Indian journal of veterinary science and animal husbandry - Volumes 18-21, 1948-1951
Year: 1948
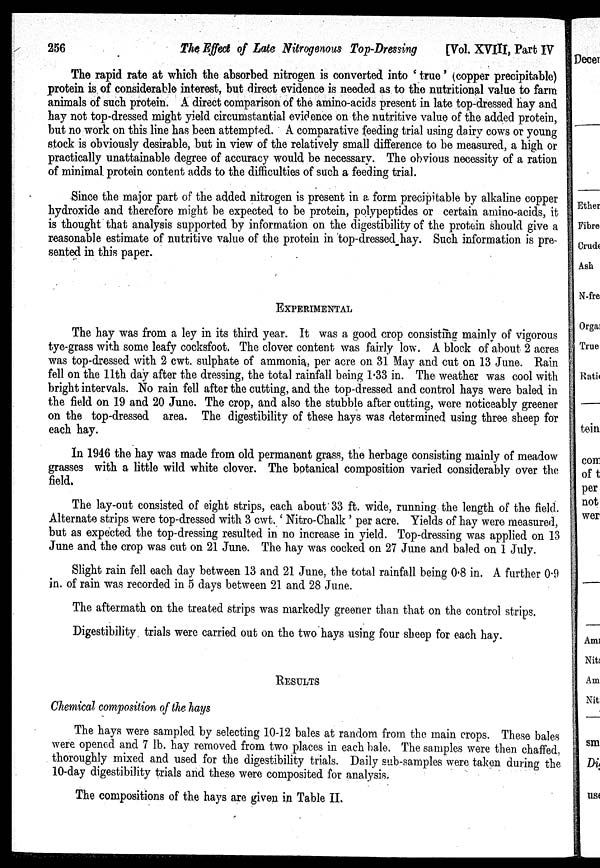
256
The Effect of Late Nitrogenous Top-Dressing
[Vol. XVIII, Part IV
The rapid rate at which the absorbed nitrogen is converted into ' true ' (copper precipitable)
protein is of considerable interest, but direct evidence is needed as to the nutritional value to farm
animals of such protein. A direct comparison of the amino-acids present in late top-dressed hay and
hay not top-dressed might yield circumstantial evidence on the nutritive value of the added protein,
but no work on this line has been attempted. A comparative feeding trial using dairy cows or young
stock is obviously desirable, but in view of the relatively small difference to be measured, a high or
practically unattainable degree of accuracy would be necessary. The obvious necessity of a ration
of minimal protein content adds to the difficulties of such a feeding trial.
Since the major part of the added nitrogen is present in a form precipitable by alkaline copper
hydroxide and therefore might be expected to be protein, polypeptides or certain amino-acids, it
is thought that analysis supported by information on the digestibility of the protein should give a
reasonable estimate of nutritive value of the protein in top-dressed hay. Such information is pre-
sented in this paper.
EXPERIMENTAL
The hay was from a ley in its third year. It was a good crop consisting mainly of vigorous
tye-grass with some leafy cocksfoot. The clover content was fairly low. A block of about 2 acres
was top-dressed with 2 cwt. sulphate of ammonia, per acre on 31 May and cut on 13 June. Rain
fell on the 11th day after the dressing, the total rainfall being 1.33 in. The weather was cool with
bright intervals. No rain fell after the cutting, and the top-dressed and control hays were baled in
the field on 19 and 20 June. The crop, and also the stubble after cutting, were noticeably greener
on the top-dressed area. The digestibility of these hays was determined using three sheep for
each hay.
In 1946 the hay was made from old permanent grass, the herbage consisting mainly of meadow
grasses with a little wild white clover. The botanical composition varied considerably over the
field.
The lay-out consisted of eight strips, each about 33 ft. wide, running the length of the field.
Alternate strips were top-dressed with 3 cwt. ' Nitro-Chalk ' per acre. Yields of hay were measured,
but as expected the top-dressing resulted in no increase in yield. Top-dressing was applied on 13
June and the crop was cut on 21 June. The hay was cocked on 27 June and baled on 1 July.
Slight rain fell each day between 13 and 21 June, the total rainfall being 0.8 in. A further 0.9
in. of rain was recorded in 5 days between 21 and 28 June.
The aftermath on the treated strips was markedly greener than that on the control strips.
Digestibility trials were carried out on the two hays using four sheep for each hay.
RESULTS
Chemical composition of the hays
The hays were sampled by selecting 10-12 bales at random from the main crops. These bales
were opened and 7 lb. hay removed from two places in each bale. The samples were then chaffed,
thoroughly mixed and used for the digestibility trials. Daily sub-samples were taken during the
10-day digestibility trials and these were composited for analysis.
The compositions of the hays are given in Table II.